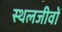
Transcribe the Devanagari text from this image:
स्थलजीवों